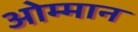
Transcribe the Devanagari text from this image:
ओम्मान